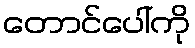
တောင်ပေါ်ကို